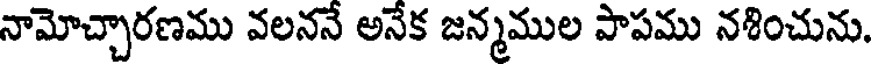
నామోచ్చారణము వలననే అనేక జన్మముల పాపము నశించును.